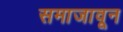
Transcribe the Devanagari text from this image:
समाजावून